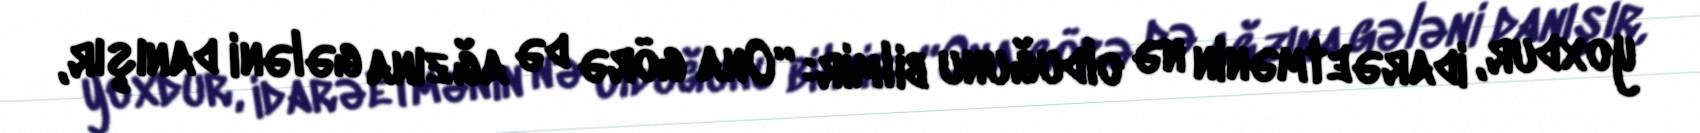
yoxdur, idarəetmənin nə olduğunu bilmir: “Ona görə də ağzına gələni danışır,